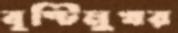
বৃষ্টিমুখর